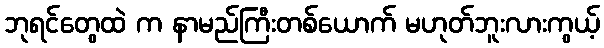
ဘုရင်တွေထဲ က နာမည်ကြီးတစ်ယောက် မဟုတ်ဘူးလားကွယ့်